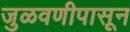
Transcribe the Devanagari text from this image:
जुळवणीपासून